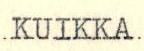
KUIKKA